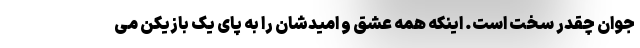
جوان چقدر سخت است. اینکه همه عشق و امیدشان را به پای یک بازیکن می